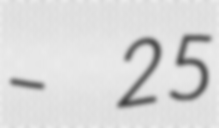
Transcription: – 25